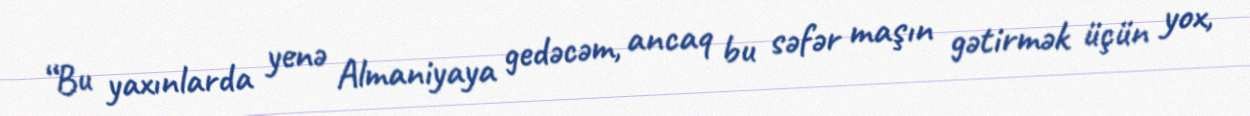
“Bu yaxınlarda yenə Almaniyaya gedəcəm, ancaq bu səfər maşın gətirmək üçün yox,